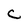
Character: C